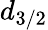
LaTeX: d_{3/2}